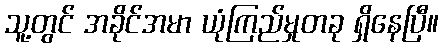
သူ့တွင် အခိုင်အမာ ယုံကြည်မှုတခု ရှိနေပြီ။